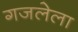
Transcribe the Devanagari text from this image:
गजलेला